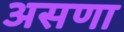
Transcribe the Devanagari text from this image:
असणा